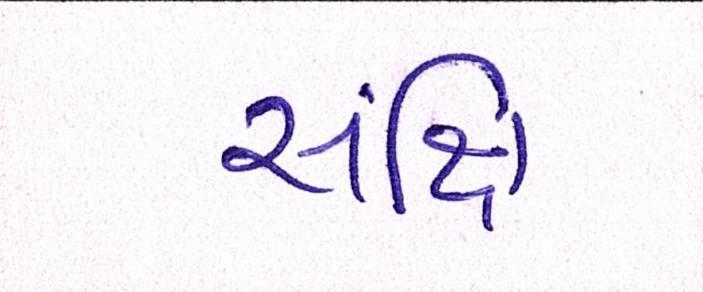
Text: સંક્ષિ